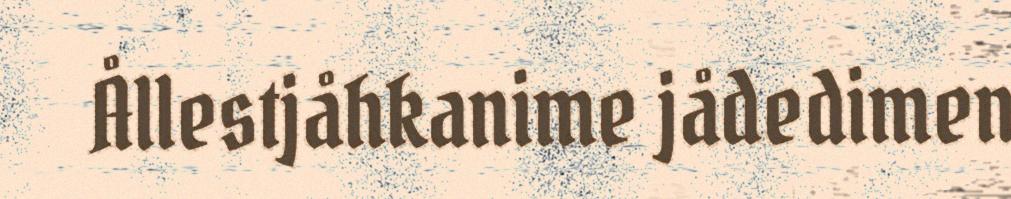
Ållestjåhkanime jådedimen